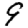
Digit: 9